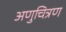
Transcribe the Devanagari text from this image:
अणुचित्रण